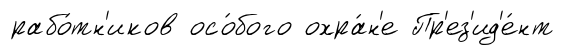
рабо́тн'иков осо́бого охра́н'е Пр'ез'ид'е́нт